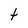
Character: t